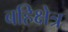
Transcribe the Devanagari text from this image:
बहिक्षेत्र